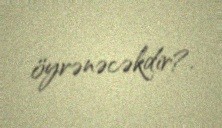
öyrənəcəkdir?.